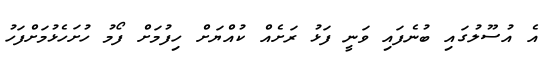
އެ އުސޫލުގައި ބުނެފައި ވަނީ ފަޅު ރަށެއް ކުއްޔަށް ހިފުމަށް ފޯމު ހުށަހެޅުމަށްފަހު